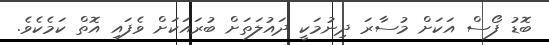
ބޮޑު ފޯސް އަކަށް މުސާރަ ދިނުމަކީ ދައުލަތަށް ބުރައަަކަށް ވެފައި އޮތް ކަމެކެވެ.